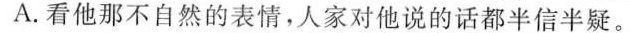
A.看他那不自然的表情，人家对他说的话都半信半疑。